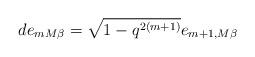
LaTeX: \begin{align*}d e_{mM\beta}=\sqrt{1-q^{2(m+1)}}e_{m+1,M\beta}\end{align*}